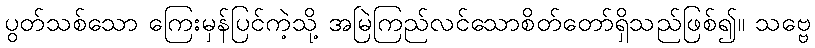
ပွတ်သစ်သော ကြေးမှန်ပြင်ကဲ့သို့ အမြဲကြည်လင်သောစိတ်တော်ရှိသည်ဖြစ်၍။ သဗ္ဗေ